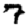
Digit: 7